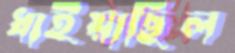
ধাইয়াছিল